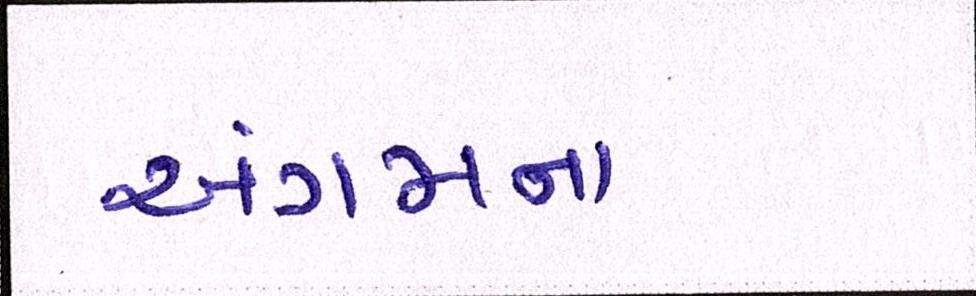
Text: અંગમનાં